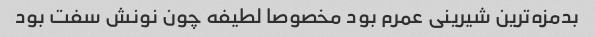
بدمزه‌ترین شیرینی عمرم بود مخصوصا لطیفه چون نونش سفت بود